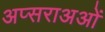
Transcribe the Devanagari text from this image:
अप्सराअओं